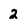
Character: 2